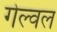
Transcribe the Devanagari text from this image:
गेल्वल